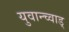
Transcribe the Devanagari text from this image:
युवान्च्वाड्